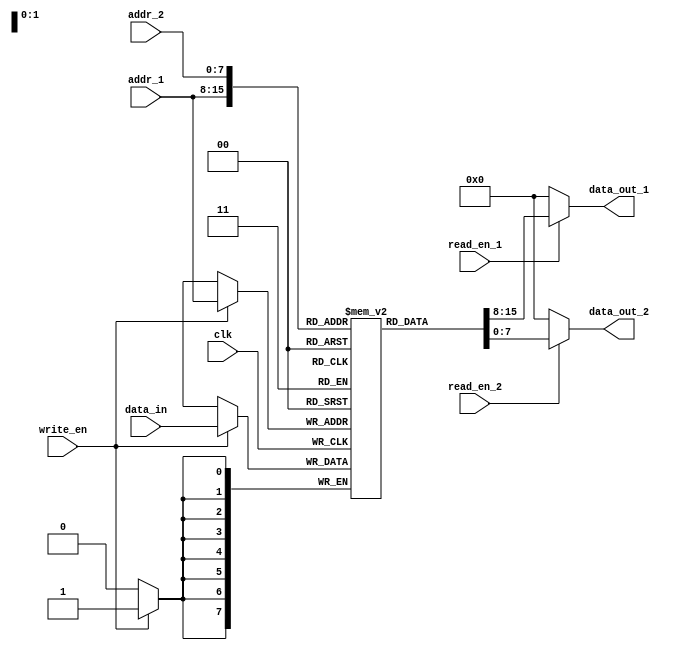
module dual_port_ram(
input wire clk,
input wire [7:0] data_in,
input wire [7:0] addr_1,
input wire [7:0] addr_2,
input wire read_en_1,
input wire read_en_2,
input wire write_en,
output reg [7:0] data_out_1,
output reg [7:0] data_out_2
);

reg [7:0] mem [0:255];

always @(posedge clk) begin
if(write_en) begin
mem[addr_1] <= data_in;
end
end

assign data_out_1 = (read_en_1) ? mem[addr_1] : 8'b0;
assign data_out_2 = (read_en_2) ? mem[addr_2] : 8'b0;

endmodule